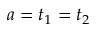
a = t _ { 1 } = t _ { 2 }